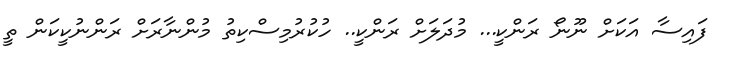
ފައިސާ އަކަށް ނޫނޯ ރަންކީ... މުދަލަށް ރަންކީ.. ހުކުރުމިސްކިތު މުންނާރަށް ރަންނުކީކަން ތީ